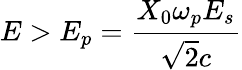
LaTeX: E>E_{p}={\frac{X_{0}\omega_{p}E_{s}}{\sqrt{2}c}}